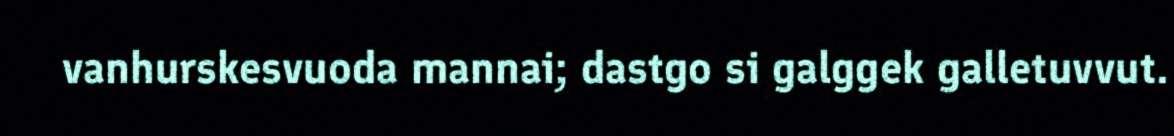
vanhurskesvuoda mannai; dastgo si galggek galletuvvut.